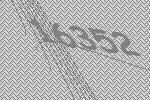
16352